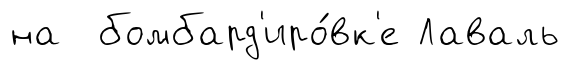
на бомбард'иро́вк'е Лаваль